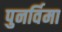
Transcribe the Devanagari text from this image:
पुनर्विमा